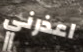
اعذرني